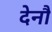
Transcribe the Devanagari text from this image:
देनौ